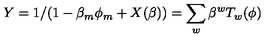
Y = 1 / ( 1 - \beta _ { m } \phi _ { m } + X ( \beta ) ) = \sum _ { w } \beta ^ { w } T _ { w } ( \phi )